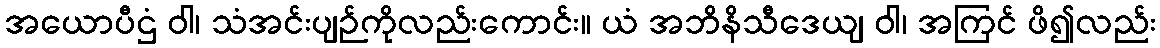
အယောပီဌံ ဝါ၊ သံအင်းပျဉ်ကိုလည်းကောင်း။ ယံ အဘိနိသီဒေယျ ဝါ၊ အကြင် ဖိ၍လည်း